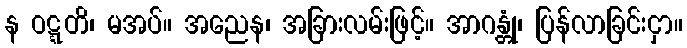
န ဝဋ္ဋတိ၊ မအပ်။ အညေန၊ အခြားလမ်းဖြင့်။ အာဂန္တုံ၊ ပြန်လာခြင်းငှာ။